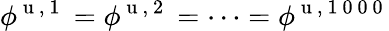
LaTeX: \phi^{\mathrm{~u~,~1~}}=\phi^{\mathrm{~u~,~2~}}=\dots=\phi^{\mathrm{~u~,~1~0~0~0~}}